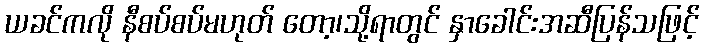
ယခင်ကလို နီစပ်စပ်မဟုတ် တော့၊သို့ရာတွင် နှာခေါင်းအဆီပြန်သဖြင့်